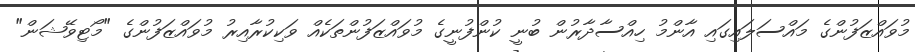
މުވައްޒަފުންގެ މައްސަލައިގައި އާންމު ހިއްސާދާރުން ބުނީ ކުންފުނީގެ މުވައްޒަފުންތަކެއް ވަކިކުރާއިރު މުވައްޒަފުންގެ "މޯޓިވޭޝަން"